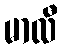
မာလီ